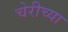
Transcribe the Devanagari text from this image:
चेरीच्या